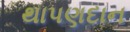
થાપણદાન